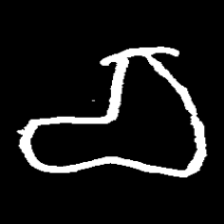
Pyu character \u2014 Myanmar letter: စ (romanized: ca)